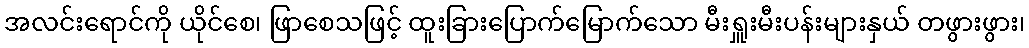
အလင်းရောင်ကို ယိုင်စေ၊ ဖြာစေသဖြင့် ထူးခြားပြောက်မြောက်သော မီးရှူးမီးပန်းများနှယ် တဖွားဖွား၊